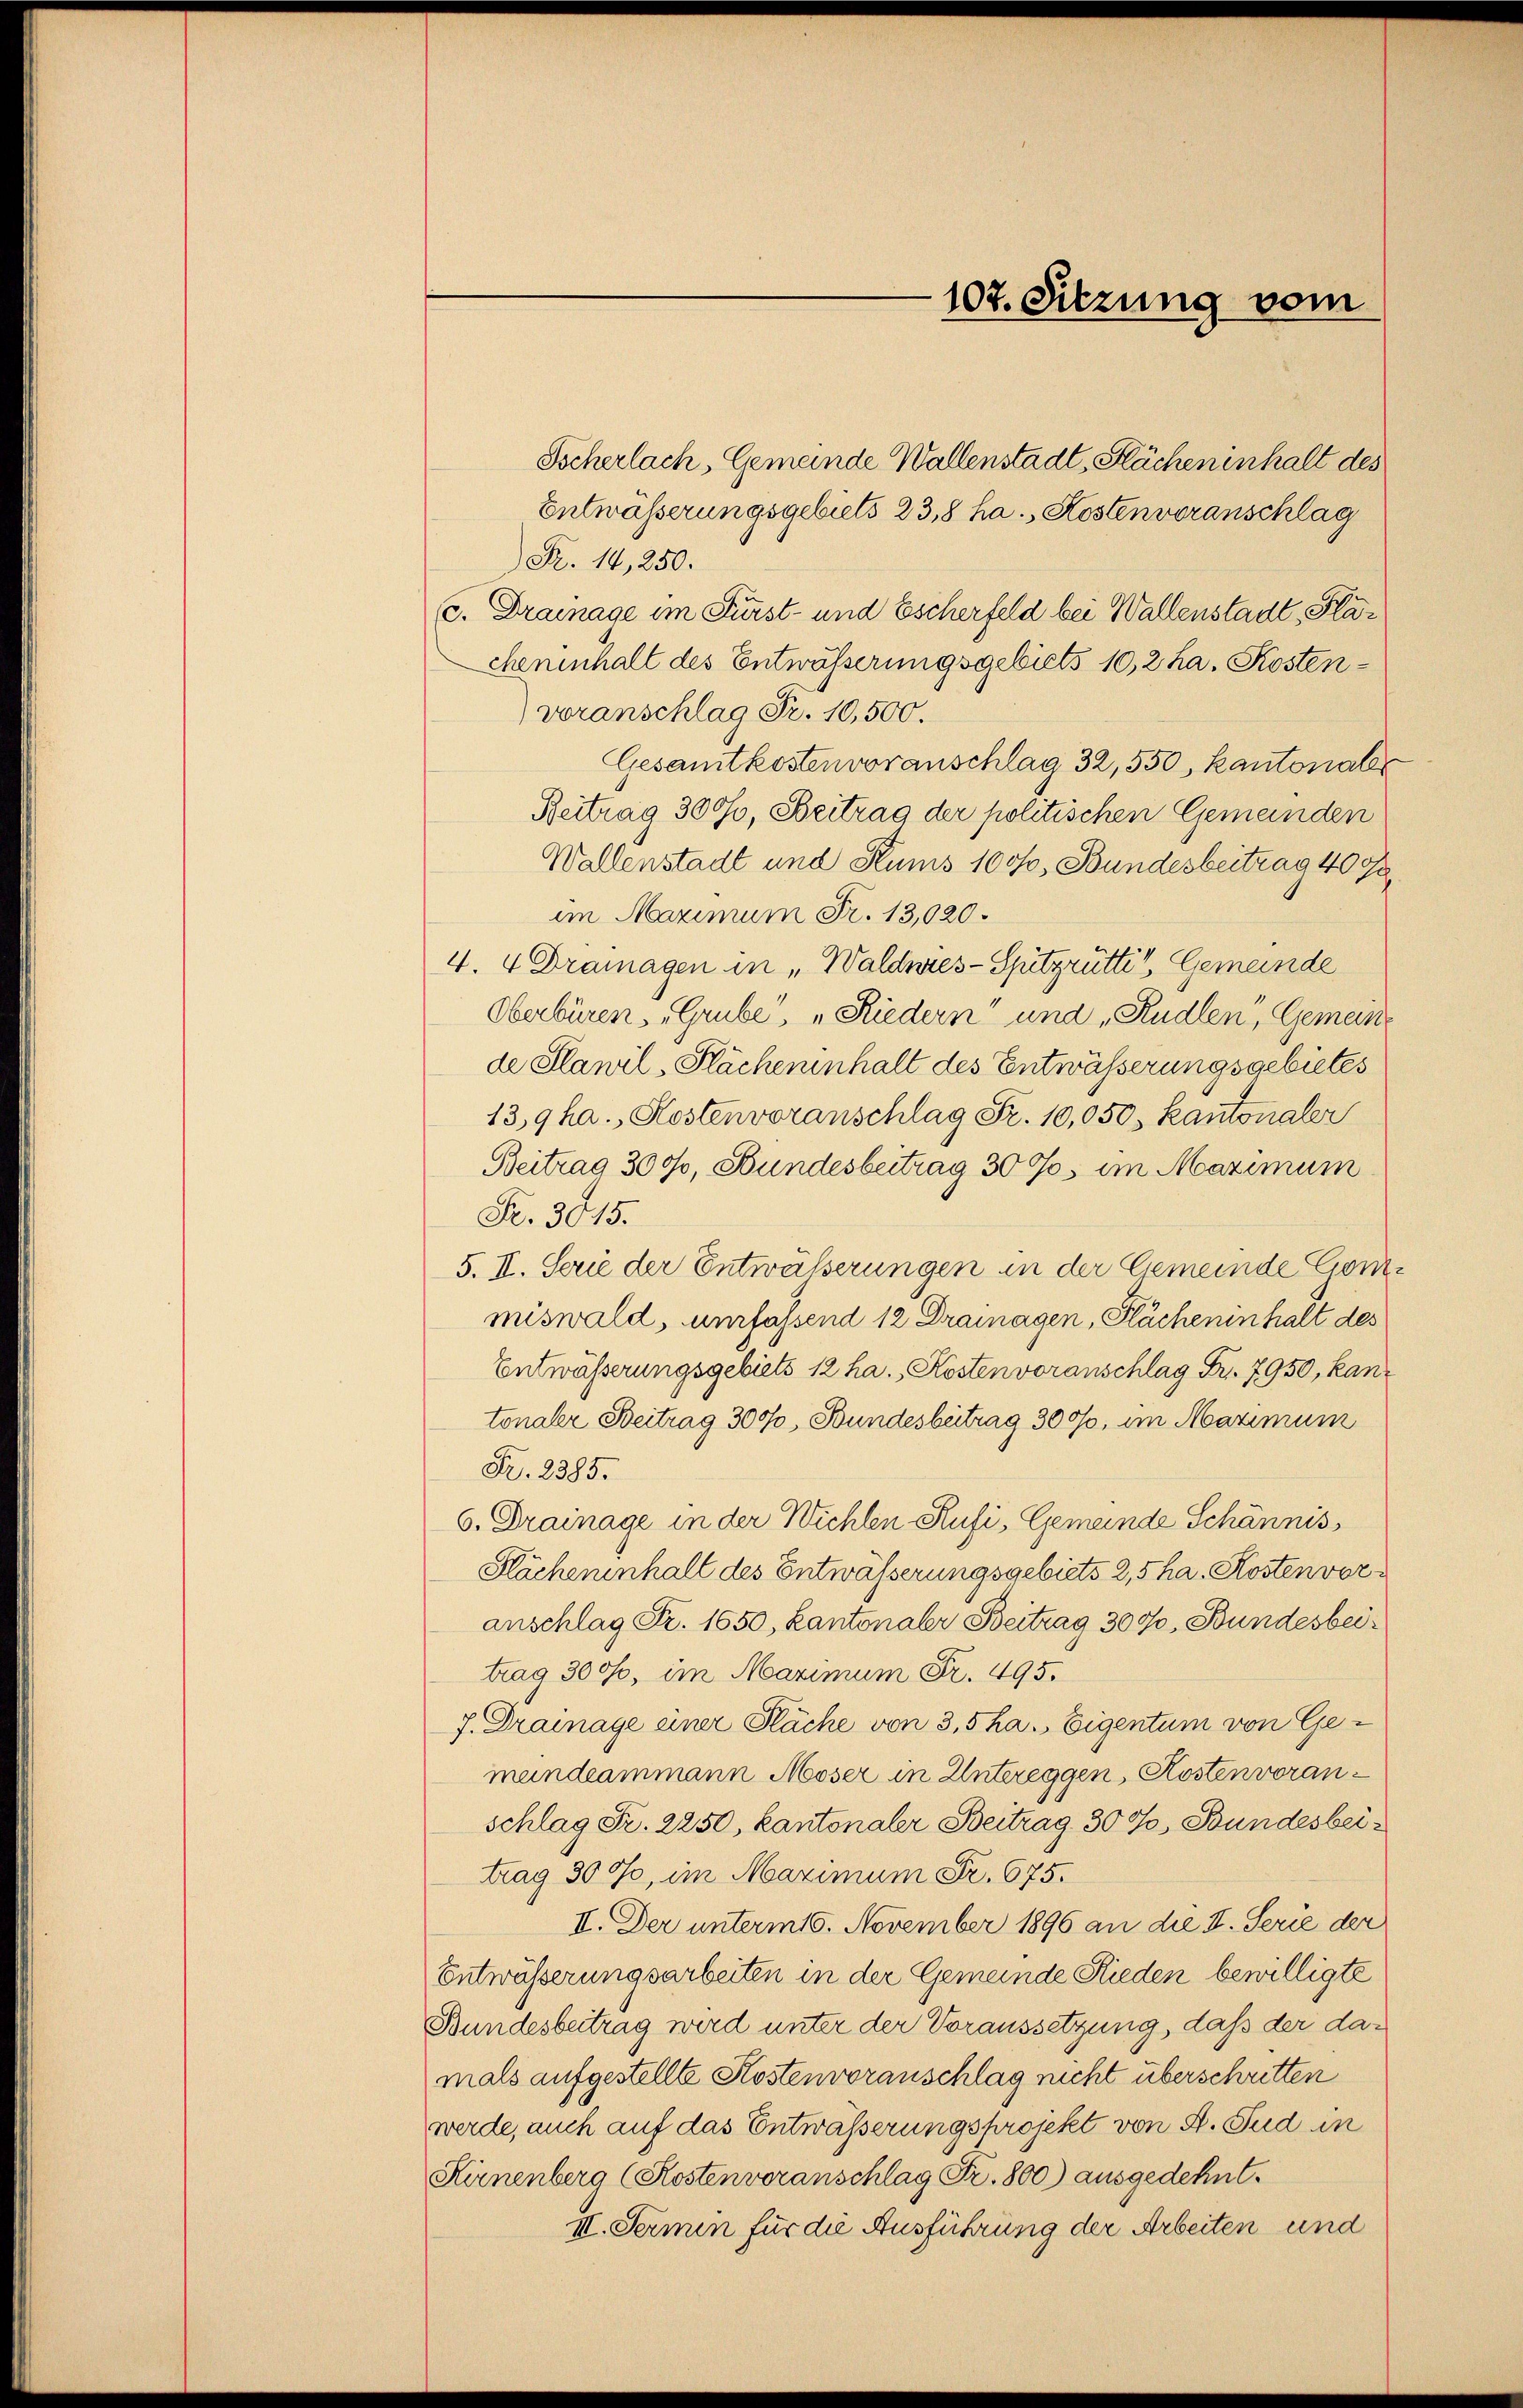
107. Sitzung vom

Tscherlach, Gemeinde Wallenstadt, Flächeninhalt des
Entwässerungsgebiets 23,8 ha., Kostenvoranschlag
R. 14,250.
. Drainage im Fürst- und Escherfeld bei Wallenstadt, Plächeninhalt des Entwässerungsgebiets 10,2 ha. Kostenvoranschlag Fr. 10,500.
Gesamtkostenvoranschlag 32, 550, kantonale
Beitrag 3000, Beitrag der politischen Gemeinden
Wallenstadt und Hums 100f, Bundesbeitrag 40 Ja
im Maximum Fr. 13,020.
4. 4 Dramagen in „Waldwies-Spitzrütte, Gemeinde
Oberbüren, „Grube, „Riedern“ und „Rudlen, Gemeinde Klawil, Flächeninhalt des Entwässerungsgebietes
13,9ha., Kostenvoranschlag Fr. 10,050, Kantonaler
Beitrag 300f, Bundesbeitrag 30 Jos im Maximum
Fr. 3015.
5. II. Serie der Entwässerungen in der Gemeinde Gommiswald, umfassend 12 Dramagen, Flächeninhalt des
Entwässerungsgebiets 12 ha. Kostenvoranschlag Fr. 7950, kantonaler Beitrag 300%, Bundesbeitrag 3000, im Maximum
Fr. 2385.
6. Drainage in der Wichten Rufi, Gemeinde Schännis,
Flächeninhalt des Entwässerungsgebiets 2,5 ha. Kosten voranschlag Fr. 1650, Kantonaler Beitrag 307, Bundesbeitrag 300f, im Maximum Fr. 495.
7. Drainage einer Fläche von 3,5 ha. Eigentum von Ge-
meindeammann Moser in Untereggen, Kostenvoranschlag Fr. 2250, kantonaler Beitrag 30%, Bundesbeitrag 3000, im Maximum Fr. 675.
II. Der unterm 16. November 1896 an die I. Serie der
Entwässerungsarbeiten in der Gemeinde Rieden bewilligte
Bundesbeitrag wird unter der Voraussetzung, daß der damals aufgestellte Kostenvoranschlag nicht überschritten
werde, auch auf das Entwässerungsprojekt von H. Sud in
Hirnenberg (Kostenveranschlag Fr. 800) ausgedehnt.
II. Sermin für die Ausführung der Arbeiten und